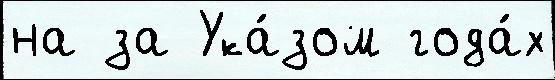
на за Ука́зом года́х